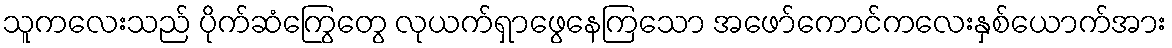
သူကလေးသည် ပိုက်ဆံကြွေတွေ လုယက်ရှာဖွေနေကြသော အဖော်ကောင်ကလေးနှစ်ယောက်အား